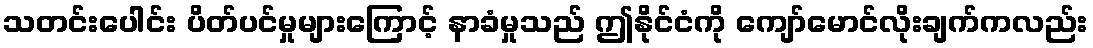
သတင်းပေါင်း ပိတ်ပင်မှုများကြောင့် နာခံမှုသည် ဤနိုင်ငံကို ကျော်မောင်လိုးချက်ကလည်း